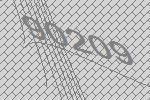
90209